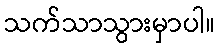
သက်သာသွားမှာပါ။